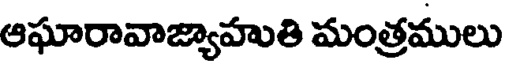
ఆఘారావాజ్యాహుతి మంత్రములు